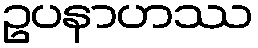
ဥပနာဟဿ